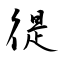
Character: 徥